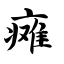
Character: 瘫